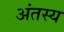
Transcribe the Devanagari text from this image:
अंतस्य